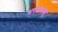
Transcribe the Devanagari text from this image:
भगवत्पदम्